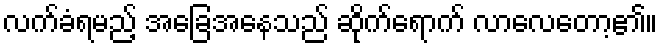
လက်ခံရမည့် အခြေအနေသည် ဆိုက်ရောက် လာလေတော့၏။